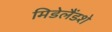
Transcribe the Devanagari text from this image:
मिडेलैंडशे